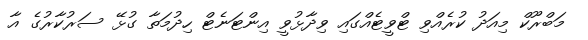
މަބްރޫކް މިއަދު ކުރެއްވި ޓްވީޓެއްގައި ވިދާޅުވީ އިންޓަނެޓް ހިދުމަތާ ގުޅޭ ސަރުކާރުގެ އާ